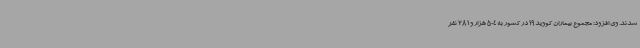
شدند. وی افزود: مجموع بیماران کووید19 در کشور به 504 هزار و 281 نفر